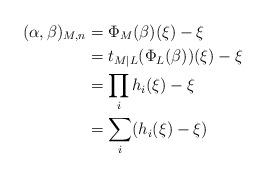
LaTeX: \begin{align*} (\alpha,\beta)_{M,n} & =\Phi_M(\beta)(\xi)-\xi \\ & = t_{M|L}(\Phi_L(\beta))(\xi)-\xi \\ & = \prod_i h_i(\xi)-\xi \\ &= \sum_i (h_i(\xi)-\xi) \end{align*}